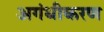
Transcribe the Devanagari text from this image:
अगंधीकरण